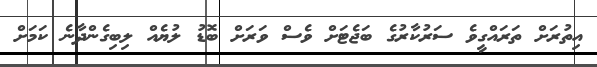
އިތުރަށް ތަރައްގީވެ ސަރުކާރުގެ ބަޖެޓަށް ވެސް ވަރަށް ބޮޑު ލުޔެއް ލިބިގެންދާނެ ކަމަށް